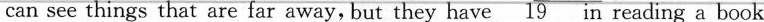
can see things that are far away,but they have \underline{19} in reading a book